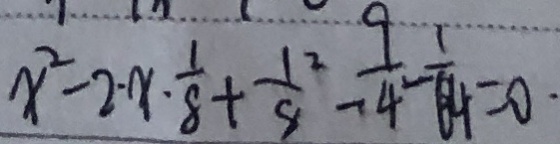
x ^ { 2 } - 2 \cdot x \cdot \frac { 1 } { 8 } + \frac { 1 } { 8 } x ^ { 2 } - \frac { 9 } { 4 } - \frac { 1 } { 6 4 } = 0